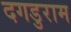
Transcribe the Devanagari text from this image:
दगडुराम